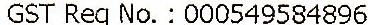
GST REG NO.: 000549584896